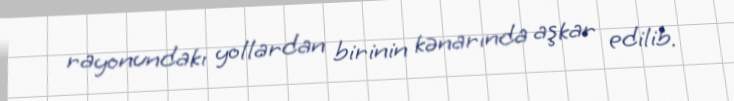
rayonundakı yollardan birinin kənarında aşkar edilib.